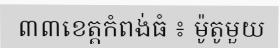
៣៣ខេត្តកំពង់ធំ ៖ ម៉ូតូមួយ